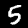
Digit: 5